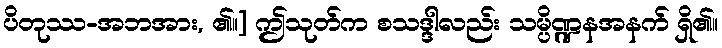
ပိတုဿ-အဘအား, ၏။] ဤသုတ်က စသဒ္ဒါလည်း သမ္ပိဏ္ဍနအနက် ရှိ၏။